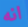
انه